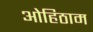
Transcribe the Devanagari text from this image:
ओहिठाम